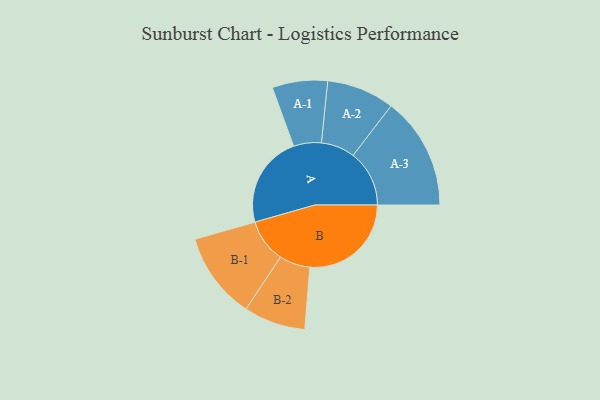
{"axis": {"x": "Segment", "y": "Value"}, "legend": ["", "A", "B"], "data": [{"x": "A", "y": 432, "type": ""}, {"x": "B", "y": 476, "type": ""}, {"x": "A-1", "y": 130, "type": "A"}, {"x": "A-2", "y": 159, "type": "A"}, {"x": "A-3", "y": 264, "type": "A"}, {"x": "B-1", "y": 204, "type": "B"}, {"x": "B-2", "y": 145, "type": "B"}]}